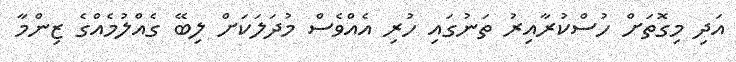
އަދި މިގޮތަށް ހުސްކުރާއިރު ތަނުގައި ހުރި އެއްވެސް މުދަލަކަށް ލިބޭ ގެއްލުމެއްގެ ޒިންމާ